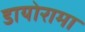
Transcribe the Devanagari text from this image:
डायोरामा